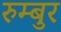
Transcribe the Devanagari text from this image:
रुम्बुर